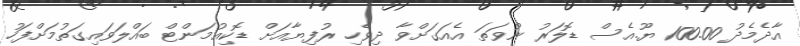
އާދެމެދު 100.00 ޔޫ.އެސް ޑޮލަރު ނުވަތަ އެއަގަށްވާ ދިވެހި ރުފިޔާއަށް ޑޮކިއުމަންޓް ބައްލަވައިގަތުމަށްފަހު